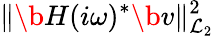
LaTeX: \| \b{H}(i\omega)^{*}\b{v}\| _{\mathcal{L}_{2}}^{2}